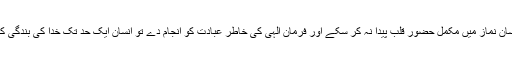
یہانتک کہ اگر انسان نماز میں مکمل حضور قلب پیدا نہ کر سکے اور فرمان الہی کی خاطر عبادت کو انجام دے تو انسان ایک حد تک خدا کی بندگی کااظہار کرتا ہے ۔